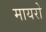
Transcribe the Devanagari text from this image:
मायरो